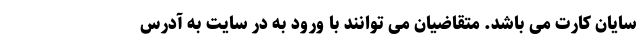
سایان کارت می باشد. متقاضیان می توانند با ورود به در سایت به آدرس